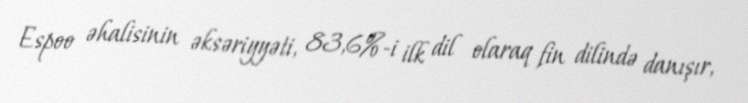
Espoo əhalisinin əksəriyyəti, 83,6%-i ilk dil olaraq fin dilində danışır,